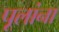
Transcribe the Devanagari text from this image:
पूलांना